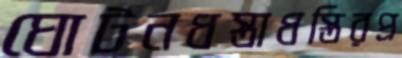
ঘোটনধস্তাধস্তিরপ্র